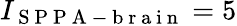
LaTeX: I_{\mathrm{~S~P~P~A~-~b~r~a~i~n~}}=5